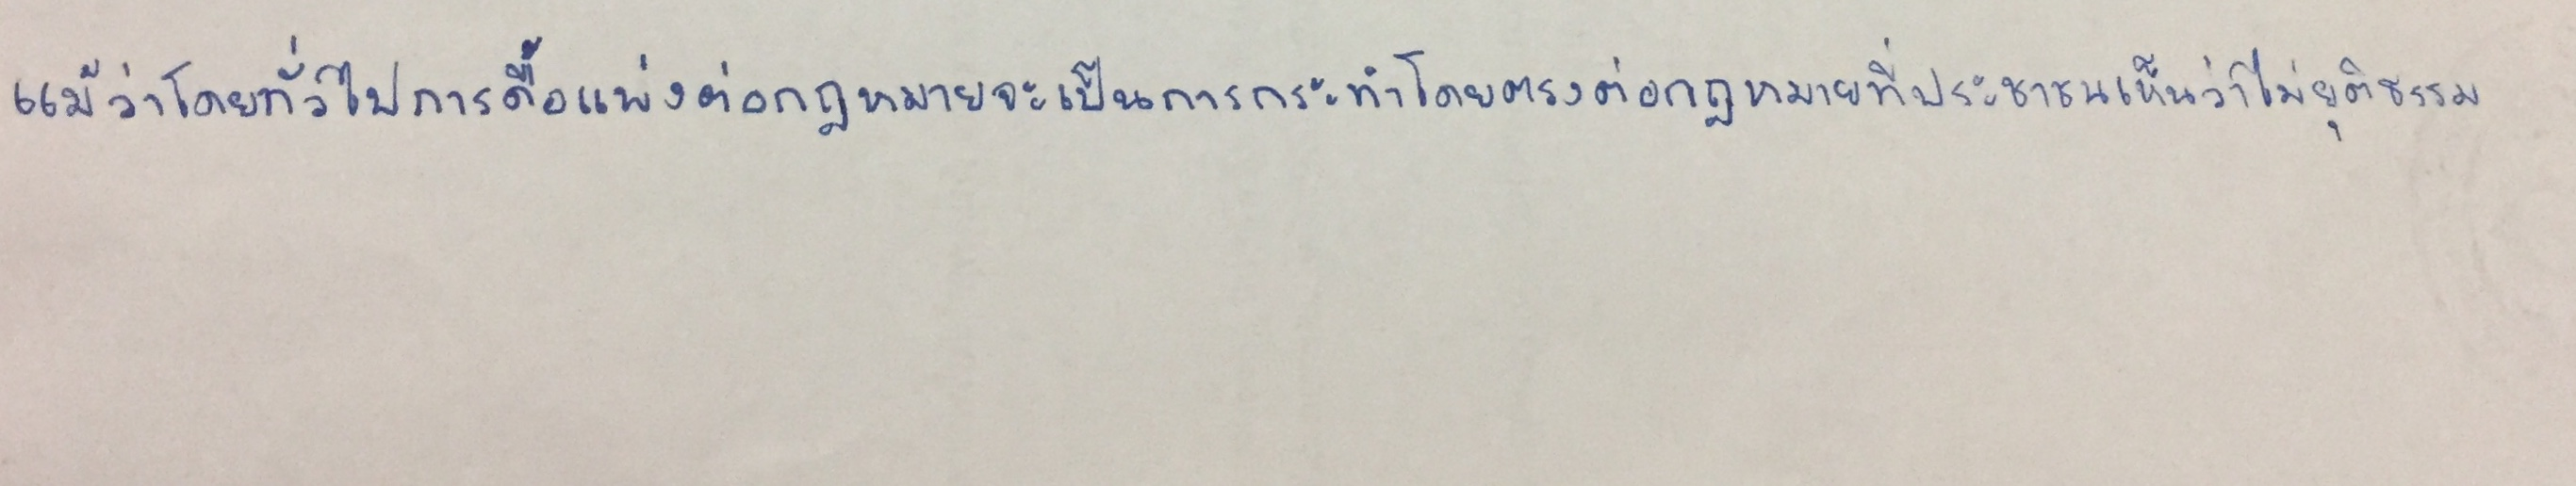
แม้ว่าโดยทั่วไปการดื้อแพ่งต่อกฎหมายจะเป็นการกระทำโดยตรงต่อกฎหมายที่ประชาชนเห็นว่าไม่ยุติธรรม